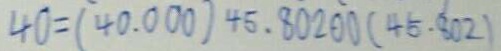
4 0 = ( 4 0 . 0 0 0 ) 4 5 . 8 0 2 0 0 ( 4 5 . 8 0 2 )